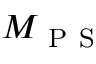
M _ { \ensuremath { \mathrm { ~ P ~ S ~ } } }